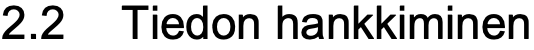
2.2 Tiedon hankkiminen